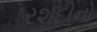
રશદીનો